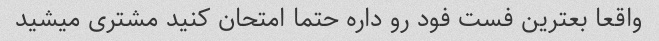
واقعا بعترین فست فود رو داره حتما امتحان کنید مشتری میشید